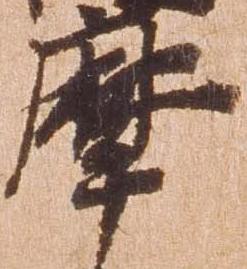
摩